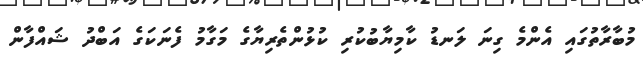
މުބާރާތުގައި އެންމެ ގިނަ ލަނޑު ކާމިޔާބުކުރި ކުޅުންތެރިޔާގެ މަގާމު ފެނަކަގެ އަބްދު ޝައްފާން